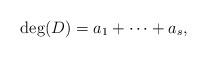
LaTeX: \begin{align*}\deg (D) = a_1 + \cdots + a_s,\end{align*}